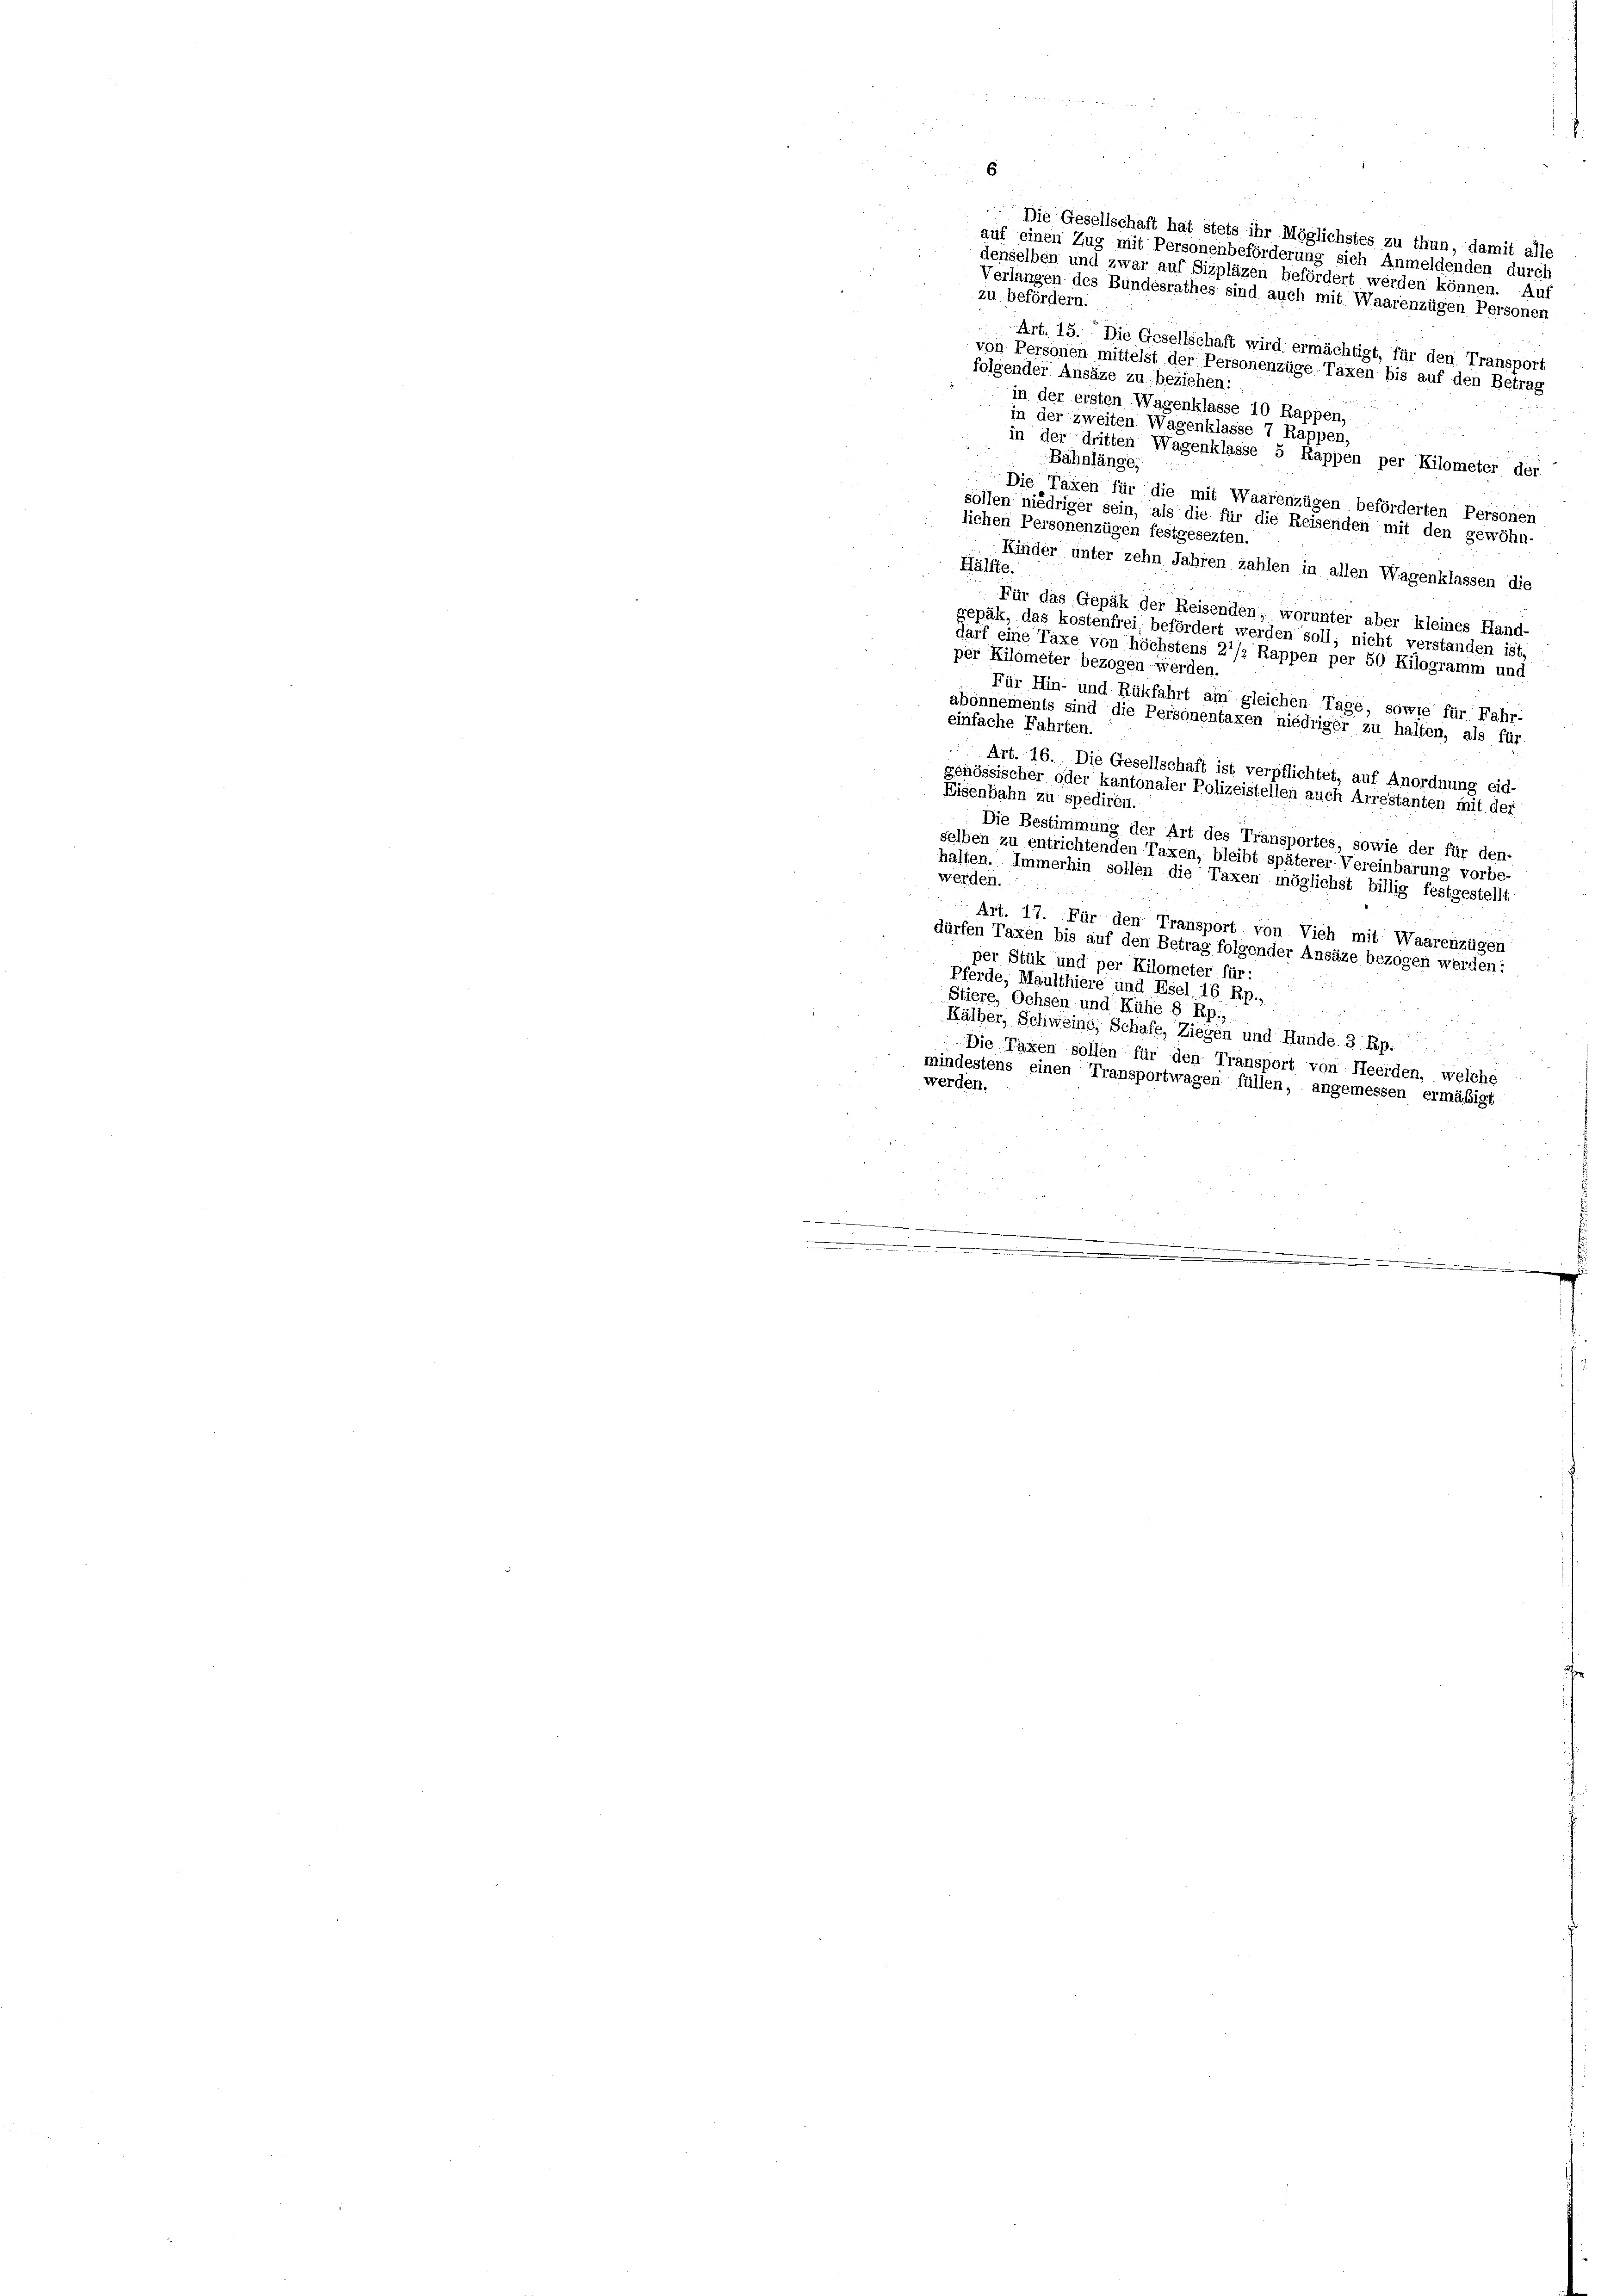
6
zu befördern.
Art. 15. Die Gesellschaft wird ermächtigt, für den Transport
von Personen mittelst der Personenzüge Taxen bis auf den Betrag
folgender Ansäze zu beziehen:
in der ersten Wagenklasse 10 Rappen,
in der zweiten Wagenklasse 7 Rappen,
in der dritten Wagenklasse 5 Rappen per Kilometer der
Bahnlänge,
Die Taxen für die mit Waarenzügen beförderten Personen
sollen niedriger sein, als die für die Reisenden mit den gewöhn-
lichen Personenzügen festgesezten.
Kinder unter zehn Jahren zahlen in allen Wagenklassen die
Hälfte.
Für das Gepäk der Reisenden; worunter aber kleines Hand-
gepäk, das kostenfrei befördert werden soll, nicht verstanden ist,
darf eine Taxe von höchstens 2 1/2 Rappen per 50 Kilogramm und
per Kilometer bezogen werden.
Für Hin- und Rükfahrt am gleichen Tage, sowie für Fahr-
abonnements sind die Personentaxen niedriger zu halten, als für
einfache Fahrten.
Art. 16. Die Gesellschaft ist verpflichtet, auf Anordnung eid-
genössischer oder kantonaler Polizeistellen auch Arrestanten mit der
Eisenbahn zu spediren.
Die Bestimmung der Art des Transportes, sowie der für den-
selben zu entrichtenden Taxen, bleibt späterer Vereinbarung vorbe-
halten. Immerhin sollen die Taxen möglichst billig festgestellt
werden.
Art. 17. Für den Transport von Vieh mit Waarenzügen
dürfen Taxen bis auf den Betrag folgender Ansäze bezogen werden:
per Stük und per Kilometer für:
Pferde, Maulthiere und Esel, 16 Rp.,
Stiere, Ochsen und Kühe 8 Rp.,
Kälber, Schweins, Schafe, Ziegen und Hunde 3 Rp.
Die Taxen sollen für den Transport von Heerden, welche
mindestens einen Transportwagen füllen, angemessen ermäßigt
werden.
 wie |
e
.

Die Gesellschaft hat stets ihr Möglichstes zu thun, damit alle
auf einen Zug mit Personenbeförderung sich Anmeldenden durch
denselben und zwar auf Sizpläzen befördert werden können. Auf
Verlangen des Bundesrathes sind auch mit Waarenzügen Personen